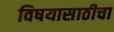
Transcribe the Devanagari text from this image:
विषयासाठीचा